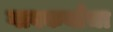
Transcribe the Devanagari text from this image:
गावकर्यांचा